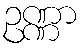
ဥဏ္ဏာ